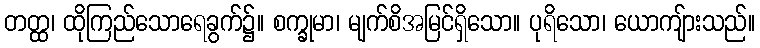
တတ္ထ၊ ထိုကြည်သောရေခွက်၌။ စက္ခုမာ၊ မျက်စိအမြင်ရှိသော။ ပုရိသော၊ ယောကျ်ားသည်။